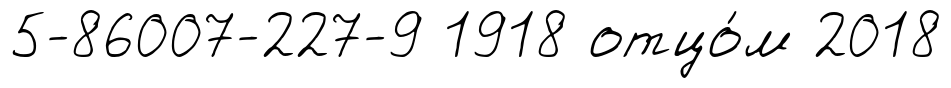
5-86007-227-9 1918 отцо́м 2018